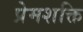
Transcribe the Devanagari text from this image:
प्रेमशक्ति